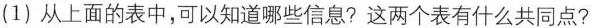
(1)从上面的表中，可以知道哪些信息?这两个表有什么共同点?